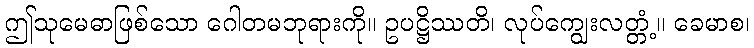
ဤသုမေဓာဖြစ်သော ဂေါတမဘုရားကို။ ဥပဋ္ဌိဿတိ၊ လုပ်ကျွေးလတ္တံ့။ ခေမာစ၊